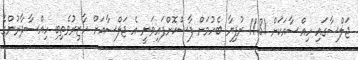
ޖަލްސާގައި ހިއްސާއަކަށް 11.81 ރުފިޔާ ބެހުމަށް ފާސްކޮށްފައިވަނީ އެ ޖަލްސާއަށް ހާޒިރުވެތިބި ހިއްސާދާރުންގެ